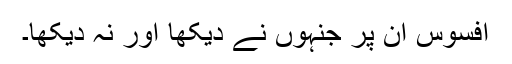
افسوس ان پر جنہوں نے دیکھا اور نہ دیکھا۔